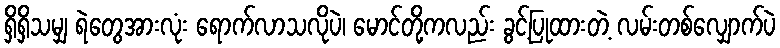
ရှိရှိသမျှ ရဲတွေအားလုံး ရောက်လာသလိုပဲ၊ မောင်တို့ကလည်း ခွင့်ပြုထားတဲ့ လမ်းတစ်လျှောက်ပဲ